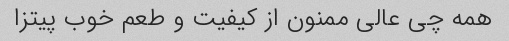
همه چی عالی ممنون از کیفیت و طعم خوب پیتزا